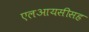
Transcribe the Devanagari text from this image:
एलआयसीसह